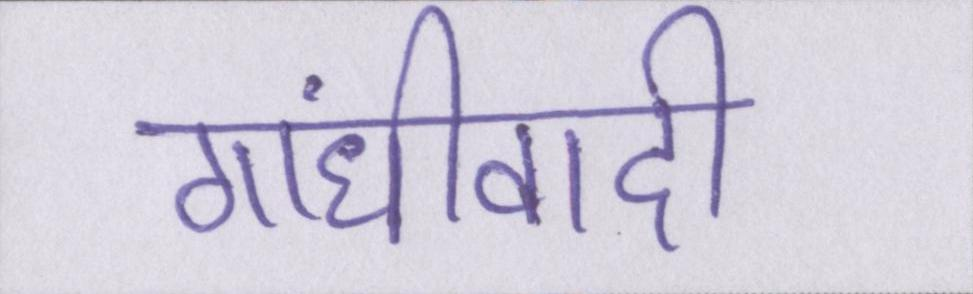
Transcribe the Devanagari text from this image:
गांधीवादी